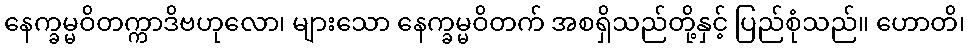
နေက္ခမ္မဝိတက္ကာဒိဗဟုလော၊ များသော နေက္ခမ္မဝိတက် အစရှိသည်တို့နှင့် ပြည်စုံသည်။ ဟောတိ၊